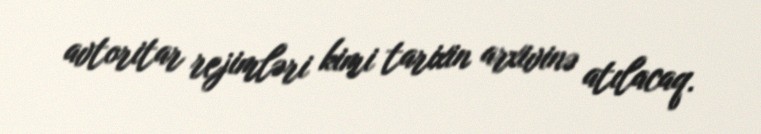
avtoritar rejimləri kimi tarixin arxivinə atılacaq.